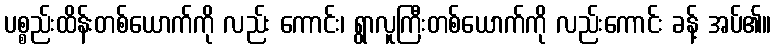
ပစ္စည်းထိန်းတစ်ယောက်ကို လည်း ကောင်း၊ ရွာလူကြီးတစ်ယောက်ကို လည်းကောင်း ခန့် အပ်၏။